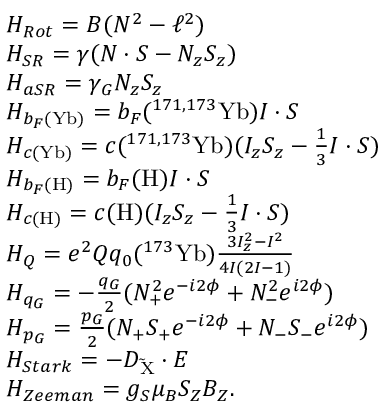
\begin{array} { r l } & { H _ { R o t } = B ( N ^ { 2 } - \ell ^ { 2 } ) } \\ & { H _ { S R } = \gamma ( N \cdot S - N _ { z } S _ { z } ) } \\ & { H _ { a S R } = \gamma _ { G } N _ { z } S _ { z } } \\ & { H _ { b _ { F } ( \mathrm { Y b } ) } = b _ { F } ( ^ { 1 7 1 , 1 7 3 } \mathrm { Y b } ) I \cdot S } \\ & { H _ { c ( \mathrm { Y b } ) } = c ( ^ { 1 7 1 , 1 7 3 } \mathrm { Y b } ) ( I _ { z } S _ { z } - \frac { 1 } { 3 } I \cdot S ) } \\ & { H _ { b _ { F } ( \mathrm { H } ) } = b _ { F } ( \mathrm { H } ) I \cdot S } \\ & { H _ { c ( \mathrm { H } ) } = c ( \mathrm { H } ) ( I _ { z } S _ { z } - \frac { 1 } { 3 } I \cdot S ) } \\ & { H _ { Q } = e ^ { 2 } Q q _ { 0 } ( ^ { 1 7 3 } \mathrm { Y b } ) \frac { 3 I _ { z } ^ { 2 } - I ^ { 2 } } { 4 I ( 2 I - 1 ) } } \\ & { H _ { q _ { G } } = - \frac { q _ { G } } { 2 } ( N _ { + } ^ { 2 } e ^ { - i 2 \phi } + N _ { - } ^ { 2 } e ^ { i 2 \phi } ) } \\ & { H _ { p _ { G } } = \frac { p _ { G } } { 2 } ( N _ { + } S _ { + } e ^ { - i 2 \phi } + N _ { - } S _ { - } e ^ { i 2 \phi } ) } \\ & { H _ { S t a r k } = - D _ { \mathrm { \tilde { X } } } \cdot E } \\ & { H _ { Z e e m a n } = g _ { S } \mu _ { B } S _ { Z } B _ { Z } . } \end{array}